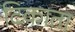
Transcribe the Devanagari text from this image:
टिकाता